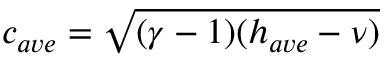
c _ { a v e } = \sqrt { ( \gamma - 1 ) ( h _ { a v e } - \nu ) }